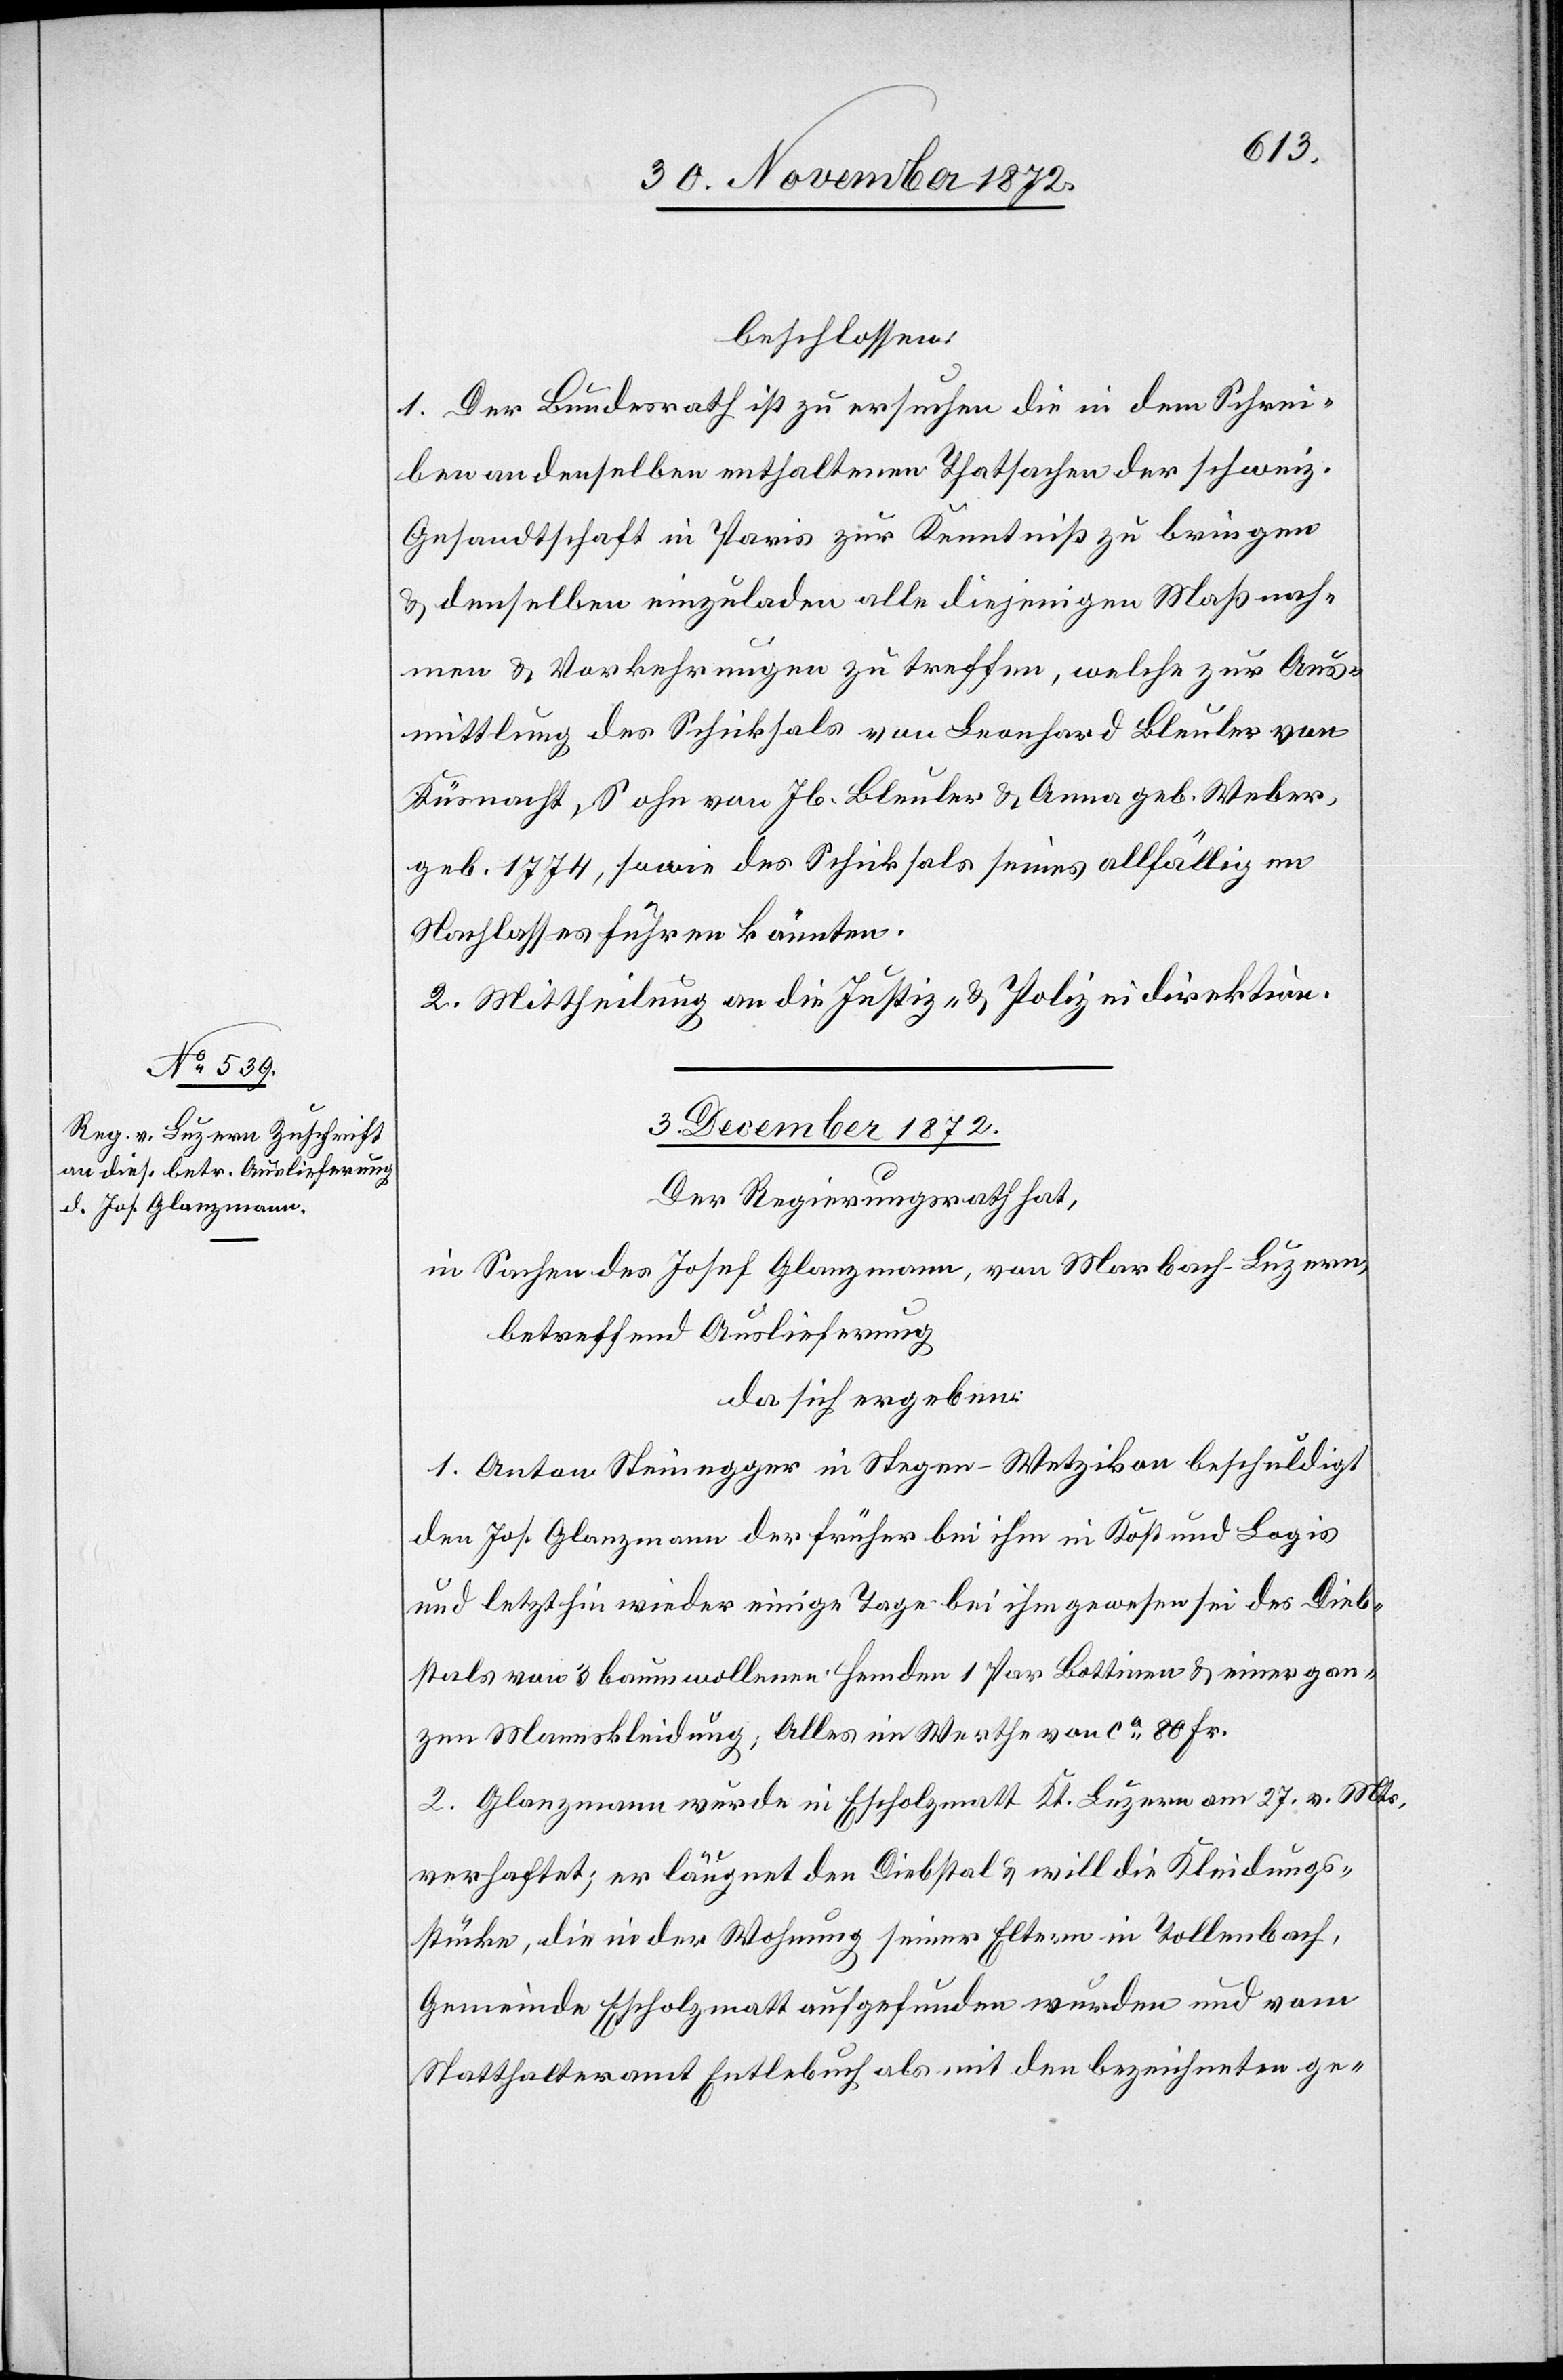
beschlossen:
1. Der Bundesrath ist zu ersuchen die in dem Schrei¬
ben an denselben enthaltenen Thatsachen der schweiz.
Gesandtschaft in Paris zur Kenntniß zu bringen
u. denselben einzuladen alle diejenigen Maßnah¬
men u. Vorkehrungen zu treffen, welche zur Aus¬
mittlung des Schicksals von Leonhard Bleuler von
Küsnacht, Sohn von Jb. Bleuler u. Anna geb. Weber,
geb. 1774, sowie des Schicksals seines allfälligen
Nachlasses führen könnten.
2. Mittheilung an die Justiz- u. Polizeidirektion.
3. December 1872.
Der Regierungsrath hat,
in Sachen des Josef Glanzmann, von Marbach - Luzern,
betreffend Auslieferung
da sich ergeben:
1. Anton Steinegger in Stegen - Wetzikon beschuldigt
den Jos. Glanzmann der früher bei ihm in Kost und Logis
und letzthin wieder einige Tage bei ihm gewesen sei des Dieb¬
stals von 3 baumwollenen Hemden 1 Par Bottinen u. einer gan¬
zen Mannskleidung; Alles im Werthe von ca 80 Fr.
2. Glanzmann wurde in Escholzmatt Kt. Luzern am 27. v. Mts.
verhaftet; er läugnet den Diebstal u. will die Kleidungs¬
stücke, die in der Wohnung seiner Eltern in Tollenbach,
Gemeinde Escholzmatt aufgefunden wurden und vom
Statthalteramt Entlebuch als mit den bezeichneten ge-